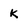
Character: k